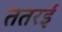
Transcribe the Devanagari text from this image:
ततरई